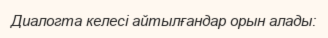
Диалогта келесі айтылғандар орын алады: